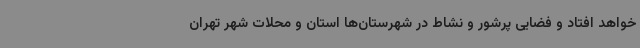
خواهد افتاد و فضایی پرشور و نشاط در شهرستان‌ها استان و محلات شهر تهران